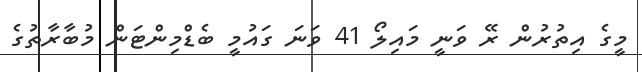
މީގެ އިތުރުން ރޭ ވަނީ މައިލޯ 41 ވަނަ ގައުމީ ބެޑްމިންޓަން މުބާރާތުގެ